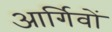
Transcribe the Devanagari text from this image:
आर्गिवों